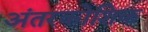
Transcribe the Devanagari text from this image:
अंतरकोशिक